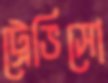
ট্রেভিসো